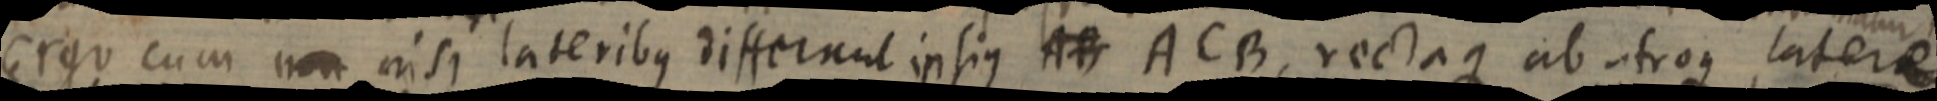
Ergo cum non nisi lateribus differunt ipsius AB ACB, rectaque ab atroque laterae